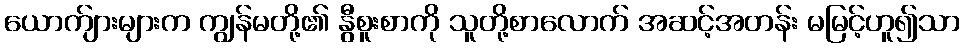
ယောက်ျားများက ကျွန်မတို့၏ နွီစူးစာကို သူတို့စာလောက် အဆင့်အတန်း မမြင့်ဟူ၍သာ